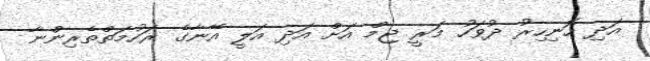
އަދި ހޮނިހިރު ދުވަހު މަރީ ޖިމް އަށް އަދި އަލީ އޭނާގެ ރަހުމަތްތެރިންނާ